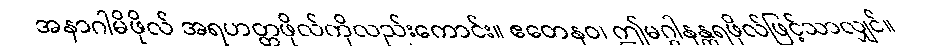
အနာဂါမိဖိုလ် အရဟတ္တဖိုလ်ကိုလည်းကောင်း။ ဧတေနဝ၊ ဤမဂ္ဂါနန္တရဖိုလ်ဖြင့်သာလျှင်။